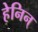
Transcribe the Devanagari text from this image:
हेनिन्